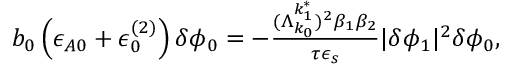
\begin{array} { r } { b _ { 0 } \left( \epsilon _ { A 0 } + \epsilon _ { 0 } ^ { ( 2 ) } \right) \delta \phi _ { 0 } = - \frac { ( \Lambda _ { k _ { 0 } } ^ { k _ { 1 } ^ { * } } ) ^ { 2 } \beta _ { 1 } \beta _ { 2 } } { \tau \epsilon _ { s } } \lvert \delta \phi _ { 1 } \rvert ^ { 2 } \delta \phi _ { 0 } , } \end{array}